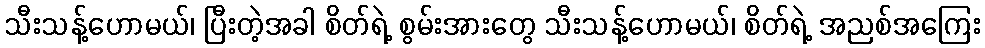
သီးသန့်ဟောမယ်၊ ပြီးတဲ့အခါ စိတ်ရဲ့ စွမ်းအားတွေ သီးသန့်ဟောမယ်၊ စိတ်ရဲ့ အညစ်အကြေး